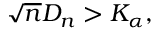
{ \sqrt { n } } D _ { n } > K _ { \alpha } ,